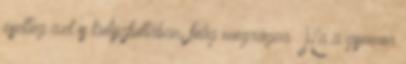
esetleg azt is kutyafuttában, félig megrágva. Ha a gyomor